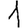
Digit: 1